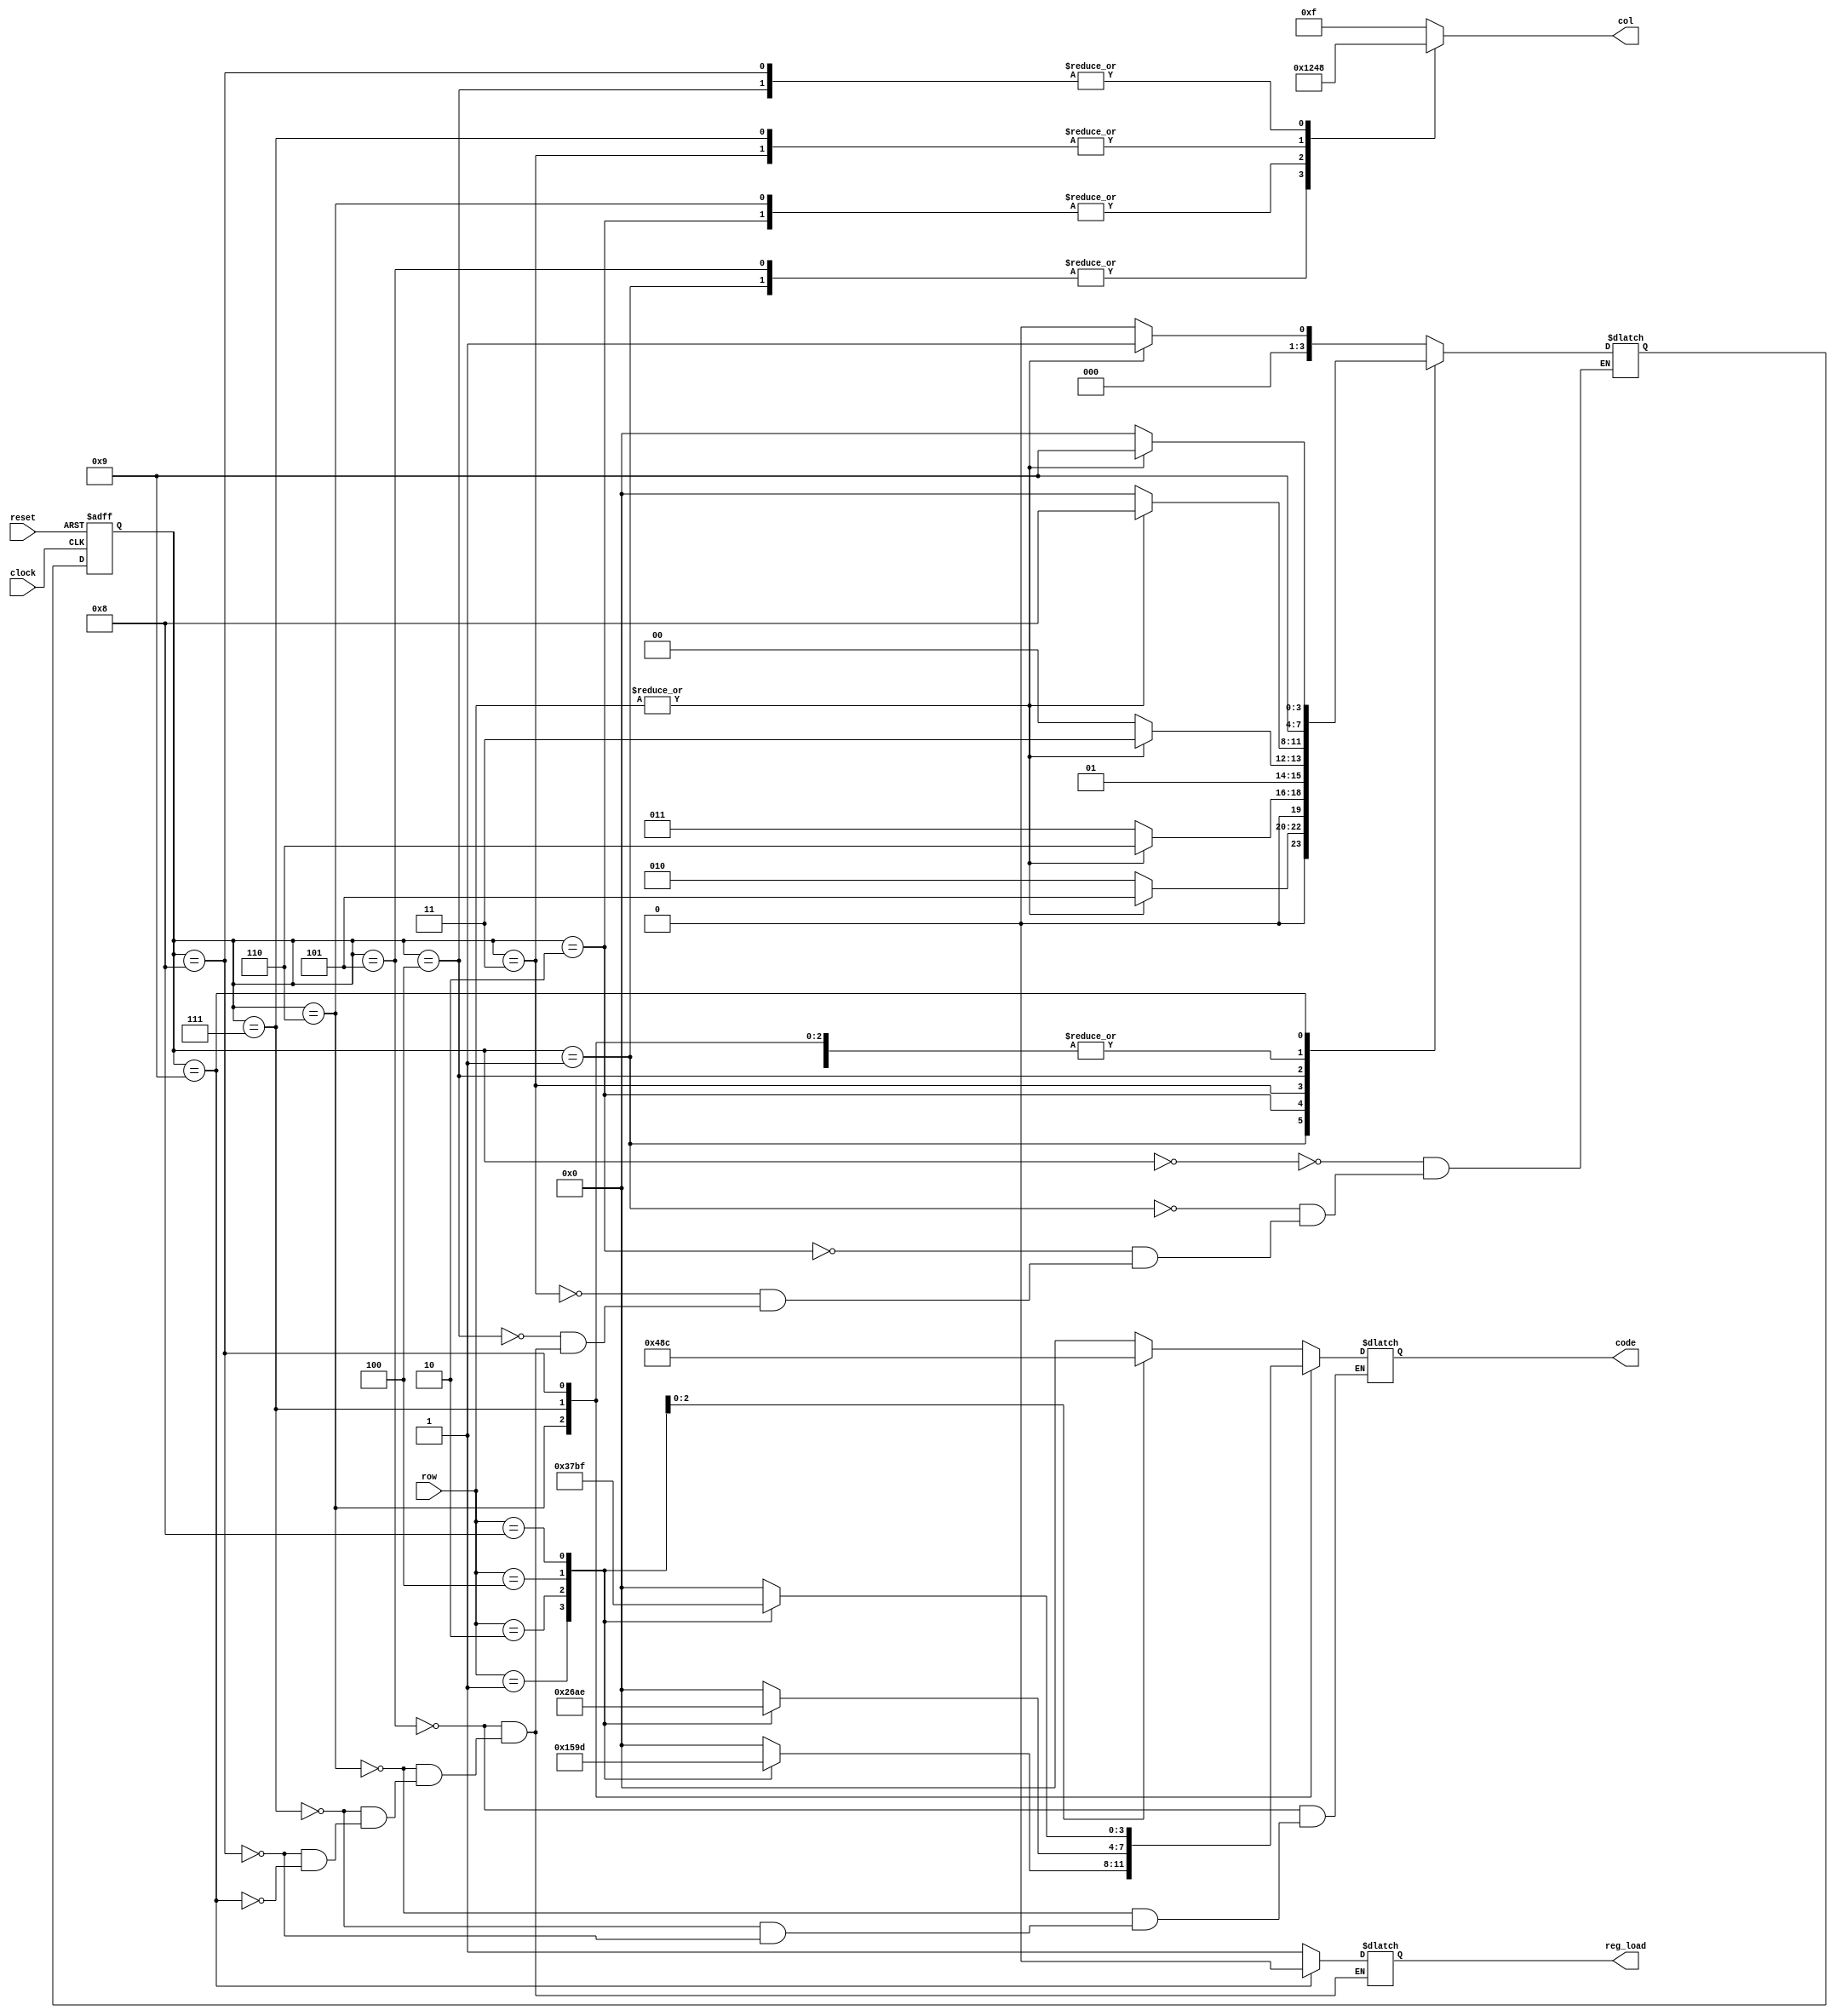
`timescale 1ns / 1ps
//////////////////////////////////////////////////////////////////////////////////
// Company: 
// Engineer: 
// 
// Design Name: 
// Module Name: keypad_scanner
// Project Name: 
// Target Devices: 
// Tool Versions: 
// Description: 
// 
// Dependencies: 
// 
// Revision:
// Revision 0.01 - File Created
// Additional Comments:
// 
//////////////////////////////////////////////////////////////////////////////////


module keypad_scanner(clock,reset,row,col,code,reg_load);
input clock,reset;
input[3:0] row;
output[3:0] col,code;
output reg_load;
reg [3:0]code = 4'b0000;
reg [3:0] current_state;
reg [3:0] next_state;
reg [3:0] col = 4'b1111; 
wire OR_row;
assign OR_row = |row;
reg reg_load = 0;
parameter init = 4'd0; 
parameter state_1 = 4'd1; 
parameter state_2 = 4'd2; 
parameter state_3 = 4'd3; 
parameter state_4 = 4'd4; 
parameter state_5 = 4'd5; 
parameter state_6 = 4'd6; 
parameter state_7 = 4'd7; 
parameter state_8 = 4'd8; 
parameter state_9 = 4'd9; 

initial current_state = init;
always @(posedge clock or posedge reset) begin
    if(reset == 1) current_state <= init;
    else current_state <=next_state;
end
always @(current_state,OR_row) begin
        case(current_state)
            init:begin
                col = 4'b1111;
		if(OR_row == 1)next_state = state_1;
                else next_state = init;
            end
            state_1:begin
                col = 4'b0001;
                if(OR_row == 1) next_state = state_5;
                else next_state = state_2;
                end
            state_2:begin
                col = 4'b0010;
                if(OR_row == 1) next_state = state_6; 
                else next_state = state_3;
                end
            state_3:begin
                col = 4'b0100;
                if(OR_row == 1) next_state = state_7;
                else next_state = state_4;
                end
            state_4:begin
                col = 4'b1000;
                if(OR_row == 1) next_state = state_8;
                else next_state = init;
                end
            state_5:begin
                col = 4'b0001;
                reg_load = 1;
                case(row)
                    4'b0001:code<=4'h0;
					4'b0010:code<=4'h4;
					4'b0100:code<=4'h8;
					4'b1000:code<=4'hc;
					default:code<=4'h0;
			    endcase
                next_state = state_9;
                end
             state_6:begin
                col = 4'b0010;
                reg_load = 1;
                case(row)
					4'b0001:code<=4'h1;
					4'b0010:code<=4'h5;
					4'b0100:code<=4'h9;
					4'b1000:code<=4'hd;
					default:code<=4'h0;					
			    endcase
                next_state = state_9;
                end 
             state_7:begin
                col = 4'b0100;
                reg_load = 1;
                case(row)
					4'b0001:code<=4'h2;
					4'b0010:code<=4'h6;
					4'b0100:code<=4'ha;
					4'b1000:code<=4'he;
					default:code<=4'h0;
			    endcase
                next_state = state_9;
                end
             state_8:begin
                col = 4'b1000;
                reg_load = 1;
                case(row)
					4'b0001:code<=4'h3;
					4'b0010:code<=4'h7;
					4'b0100:code<=4'hb;
					4'b1000:code<=4'hf;
					default:code<=4'h0;
			    endcase
                next_state = state_9;
                end
             state_9:begin
                col = 4'b1111;
                reg_load = 0;
                if(OR_row == 1) next_state = state_9;
                else next_state = init;
                end
             default:begin
                col = 4'b1111;
                current_state <= current_state;
                end
       endcase
end
endmodule